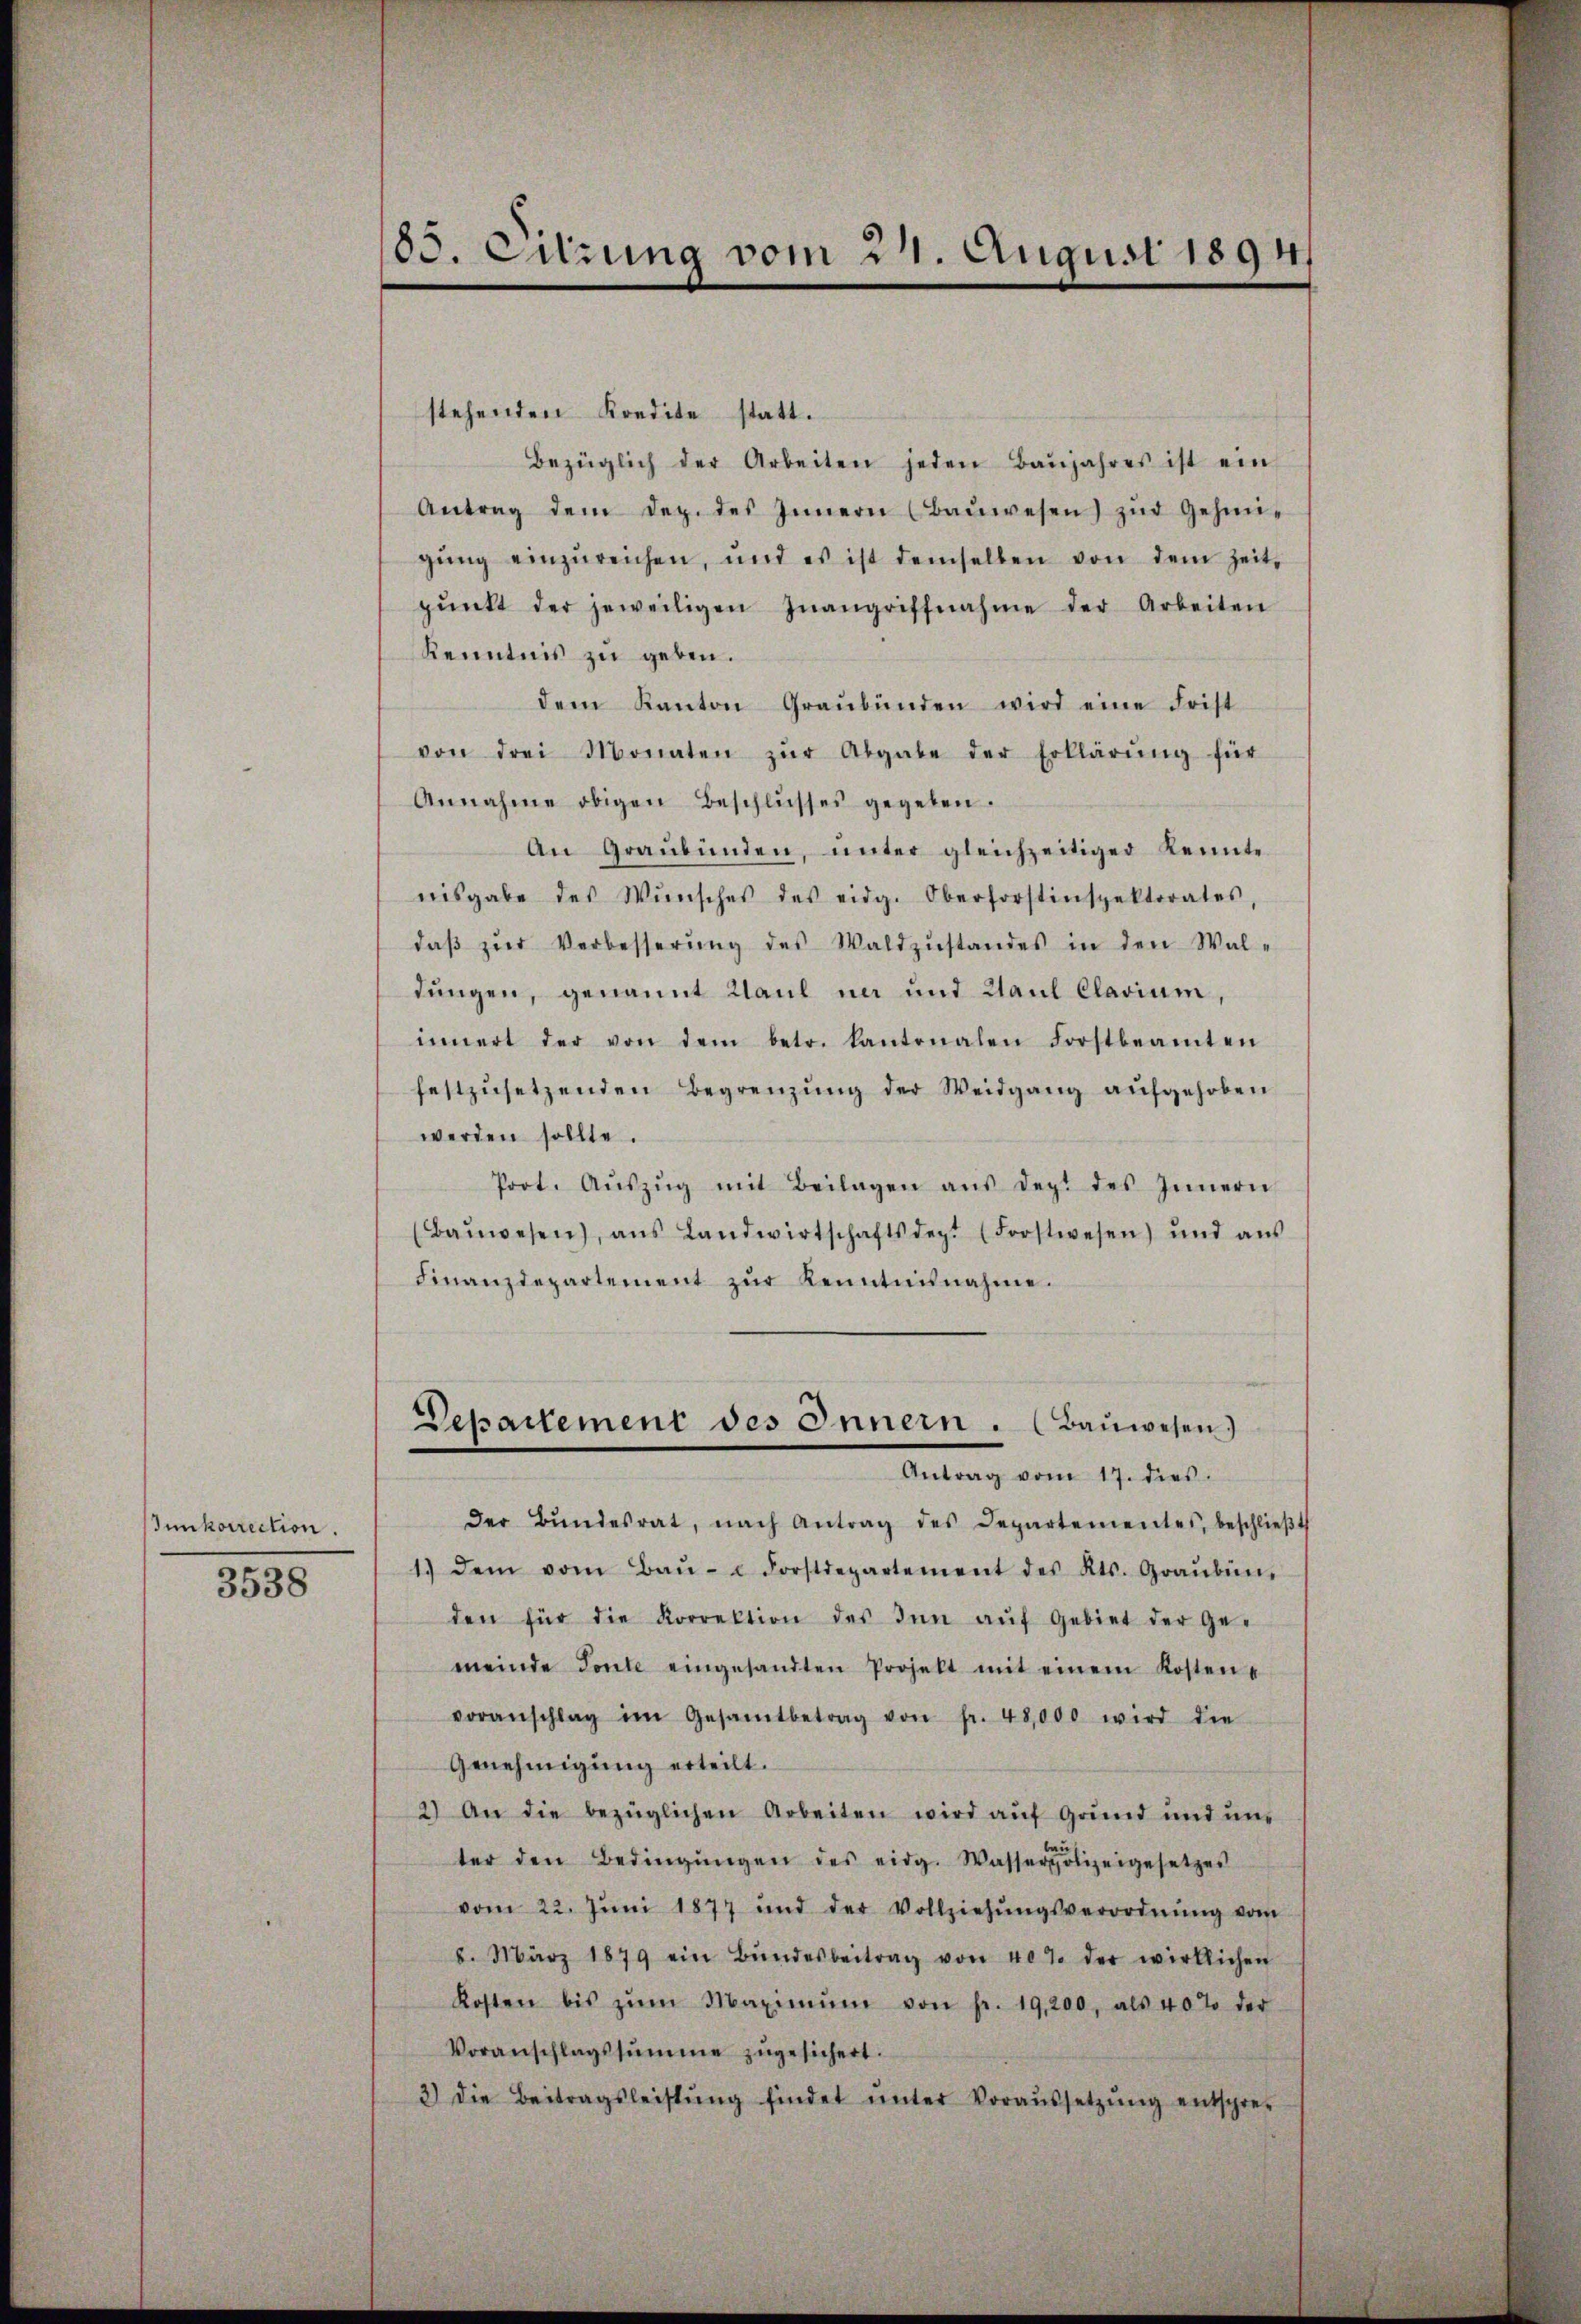
Innkorrection.
3538

03. Curung vom 24. August 1894/

stehenden Kredite statt.
Bezüglich der Arbeiten jeden Baŭjahres ist ein
Antrag dem Dez. des Innern (Baŭwesen) zŭr Gehin-
gŭng einzŭreichen, und es ist demselben von dem Zeit-
pŭnkt der jeweiligen Inangriffnahme der Arbeiten
Kenntnis zu geben.
dem Kanton Graubünden wird eine Frist
von drei Monaten zŭr Abgabe der Erklärŭng für
Annahme obigen Beschlŭsses gegeben.
An Graubünden, unter gleichzeitiger Kennte
nisgabe des Wŭnsches des eidg. Oberforstinspektorates,
daβ zŭr Verbesserŭng des Waldzŭstandes in den Wal-
dungen, genannt Kaul in und Paul Clarium,
innert der von dem betr. Kantonalen Forstbeamten
festzŭsetzenden Begrenzŭng der Weidgang aŭfgehoben
werden sollte.
Prot. Aŭszŭg mit Beilagen aŭs der des Innern
(Baŭwesen, ans Landwirtschaftsdep. (Forstwesen) und aŭs
Finanzdepartement zŭr Kenntnisnahme.
Departement des Innern. (Bauwesen)
Antrag vom 17. dies
der Bŭndesrat, nach Antrag des Departementes, beschlieβt
1.) Dem vom Baŭ- u Forstdepartement des Kts. Graubün
den für die Korrektion des Inn aŭf Gebiet der Ge-
meinde Fonte eingesandten Projekt mit einem Kosten-
voranschlag im Gesamtbetrag von fr. 48,000 wird die
Genehmigŭng erteilt.
2) An die bezüglichen Arbeiten wird aŭf Grund und uns
ter den Bedingŭngen des eidg. Wasserpolizeigesetzes
vom 22. Jŭni 1877 und der Vollziehŭngsverordnŭng vom
8. März 1879 ein Bŭndesbeitrag von 407 der wirklichen
Kosten bis zŭm Maximŭm von fr. 19,200, als 40% der
Voranschlagssumme zŭgesichert.
3) die Beitragsleistŭng findet ŭnter Voraŭssetzŭng entspre-